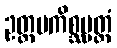
ဥတ္တမကိစ္ဆပ္ပတ္တံ